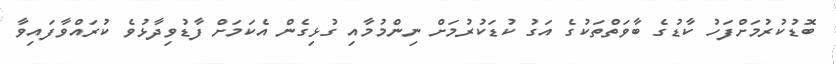
ބޮޑުކުރުމަށްފަހު ކާޑުގެ ބާވަތްތަކުގެ އަގު ކުޑަކުރުމަށް ނިންމުމާއި ގުޅިގެން އެކަމަށް ފާޑުވިދާޅުވެ ކުރައްވާފައިވާ